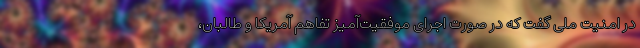
در امنیت ملی گفت که در صورت اجرای موفقیت‌آمیز تفاهم آمریکا و طالبان،